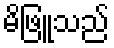
မိဖြူသည်